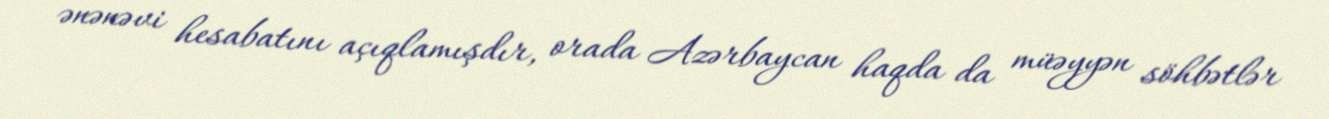
ənənəvi hesabatını açıqlamışdır, orada Azərbaycan haqda da müəyyən söhbətlər